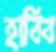
হাবিব